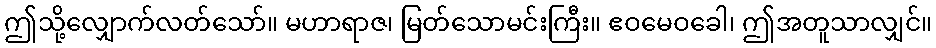
ဤသို့လျှောက်လတ်သော်။ မဟာရာဇ၊ မြတ်သောမင်းကြီး။ ဧဝမေဝခေါ၊ ဤအတူသာလျှင်။